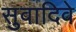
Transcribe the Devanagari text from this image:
सुवादिवे